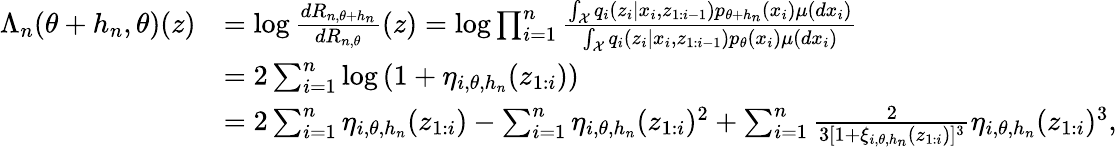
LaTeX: \begin{array}{rl}{\Lambda_{n}(\theta+h_{n},\theta)(z)}&{=\log\frac{dR_{n,\theta+h_{n}}}{dR_{n,\theta}}(z)=\log\prod_{i=1}^{n}\frac{\int_{\mathcal X}q_{i}(z_{i}|x_{i},z_{1:i-1})p_{\theta+h_{n}}(x_{i})\mu(dx_{i})}{\int_{\mathcal X}q_{i}(z_{i}|x_{i},z_{1:i-1})p_{\theta}(x_{i})\mu(dx_{i})}}\\ &{=2\sum_{i=1}^{n}\log\left(1+\eta_{i,\theta,h_{n}}(z_{1:i})\right)}\\ &{=2\sum_{i=1}^{n}\eta_{i,\theta,h_{n}}(z_{1:i})-\sum_{i=1}^{n}\eta_{i,\theta,h_{n}}(z_{1:i})^{2}+\sum_{i=1}^{n}\frac{2}{3[1+\xi_{i,\theta,h_{n}}(z_{1:i})]^{3}}\eta_{i,\theta,h_{n}}(z_{1:i})^{3},}\end{array}